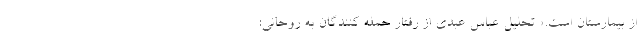
از بیمارستان است.» تحلیل عباس عبدی از رفتار حمله کنندگان به روحانی: